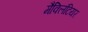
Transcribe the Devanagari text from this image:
मैक्लिंटियर